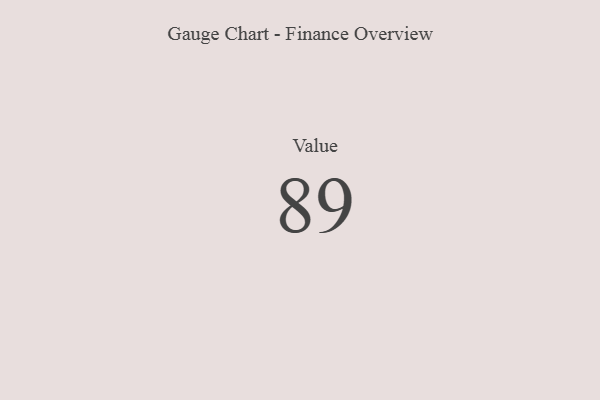
{"axis": {"x": "Metric", "y": "Value"}, "legend": [""], "data": [{"x": "Value", "y": 89, "type": ""}]}